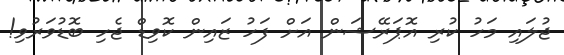
ޖުލައި މަހު ކުރި އޮޕަރޭޝަން އަށް ފަހު ޒައިން ކޮވިޑް ޖެހި ބޮޑުވަރުވި!